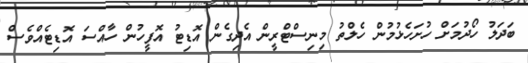
ބަދަލު ހޯދުމަށް ހުށަހެޅުމުން ހެލްތު މިނިސްޓްރީން އެދިގެން އޮޑިޓު އޮފީހުން ހާއްސަ އޮޑިޓެއްވެސް